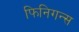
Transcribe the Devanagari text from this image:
फिनिगन्स